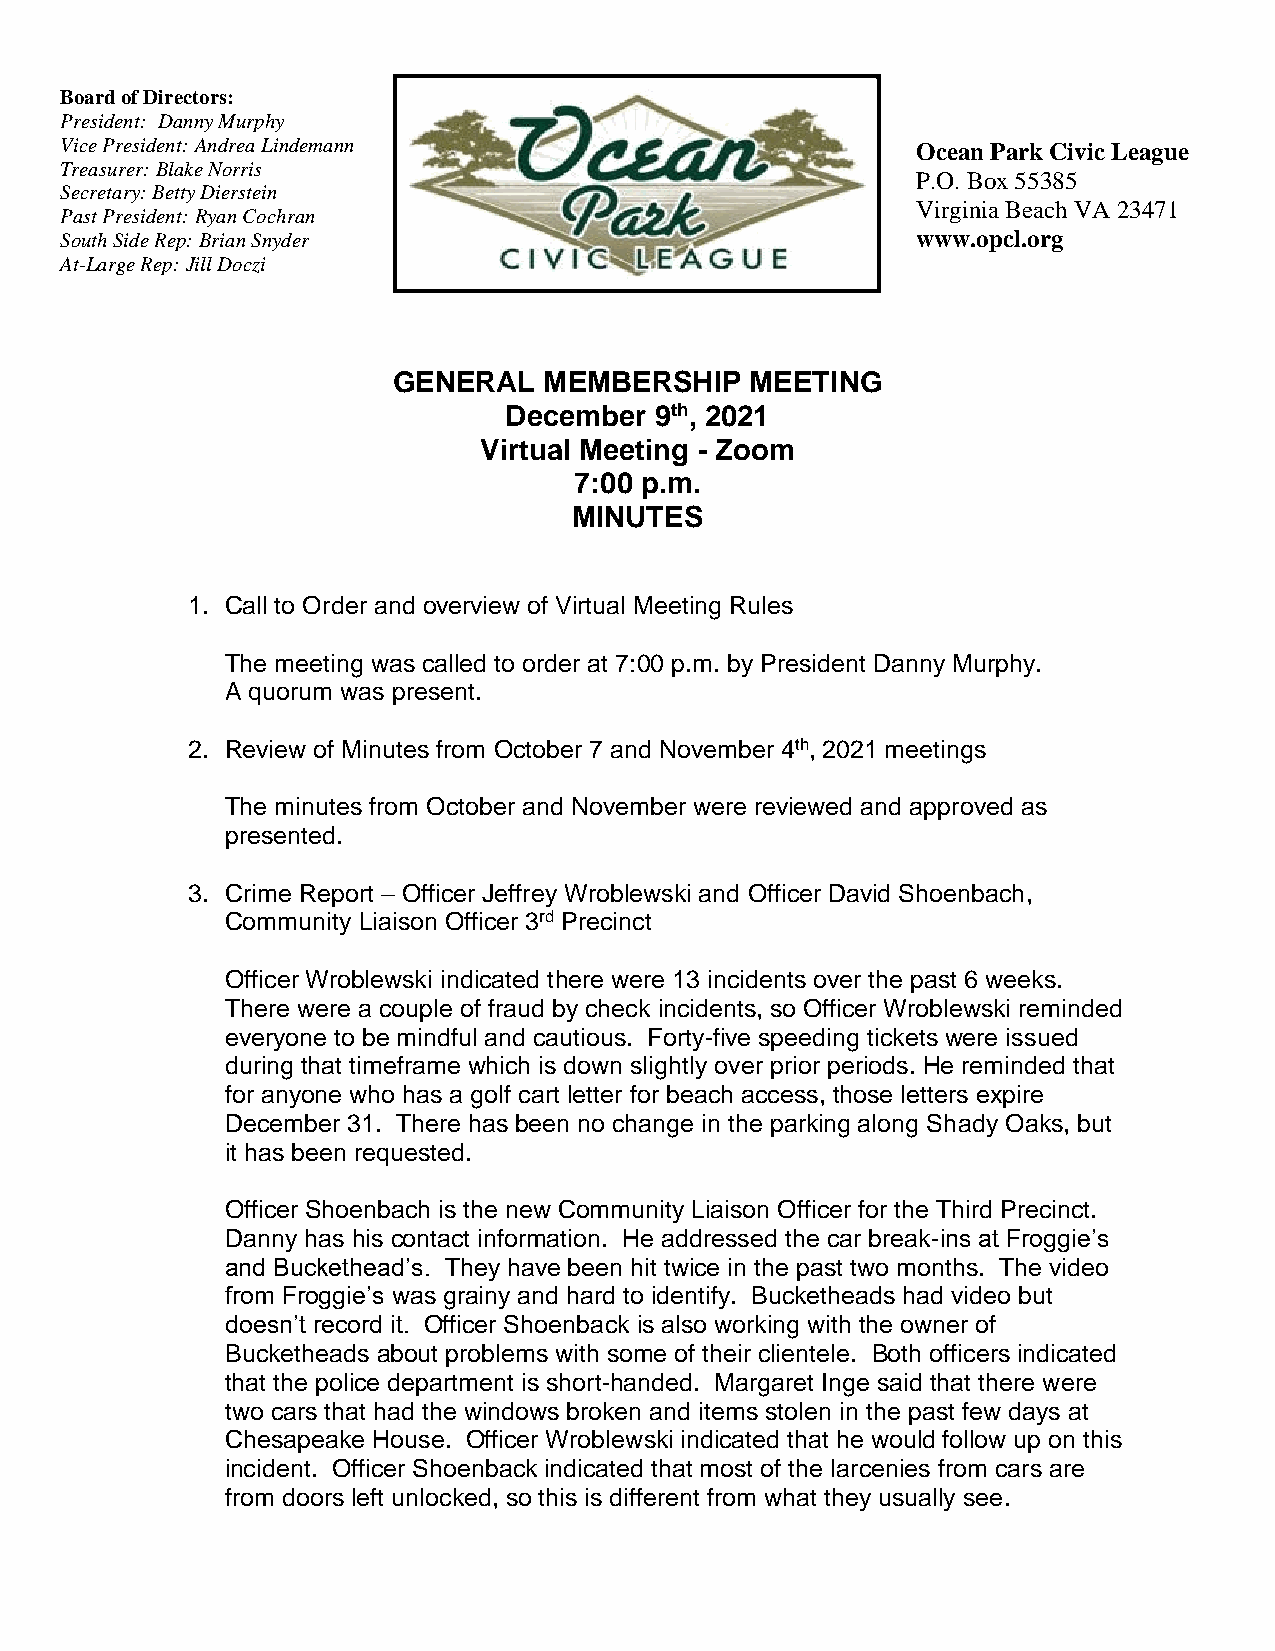
Board of D irectors:
 President: Danny Murphy
 Vice Presid ent: Andrea Lindemann                        Ocean Park Civic League
 Treasurer: Blake Norris
 P.O. Box 55385
 Secretary: Betty Dierstein
 Virginia Beach VA 23471
 Past Presid ent: Ryan Cochran
 South Side Rep: Brian Snyder                             www.opcl.org
 At-Large Rep: Jill Doczi
 GENERAL   MEMBERSHIP    MEETING
 December  9th, 2021
 Virtual Meeting - Zoom
 7:00 p.m.
 MINUTES
 1. Call to Order and overview of Virtual Meeting Rules
 The meeting was called to order at 7:00 p.m. by President Danny Murphy.
 A quorum was present.
 2. Review of Minutes from October 7 and November 4th, 2021 meetings
 The minutes from October and November were reviewed and approved as
 presented.
 3. Crime Report – Officer Jeffrey Wroblewski and Officer David Shoenbach,
 Community Liaison Officer 3rd Precinct
 Officer Wroblewski indicated there were 13 incidents over the past 6 weeks.
 There were a couple of fraud by check incidents, so Officer Wroblewski reminded
 everyone to be mindful and cautious. Forty-five speeding tickets were issued
 during that timeframe which is down slightly over prior periods. He reminded that
 for anyone who has a golf cart letter for beach access, those letters expire
 December 31. There has been no change in the parking along Shady Oaks, but
 it has been requested.
 Officer Shoenbach is the new Community Liaison Officer for the Third Precinct.
 Danny has his contact information. He addressed the car break-ins at Froggie’s
 and Buckethead’s. They have been hit twice in the past two months. The video
 from Froggie’s was grainy and hard to identify. Bucketheads had video but
 doesn’t record it. Officer Shoenback is also working with the owner of
 Bucketheads about problems with some of their clientele. Both officers indicated
 that the police department is short-handed. Margaret Inge said that there were
 two cars that had the windows broken and items stolen in the past few days at
 Chesapeake House. Officer Wroblewski indicated that he would follow up on this
 incident. Officer Shoenback indicated that most of the larcenies from cars are
 from doors left unlocked, so this is different from what they usually see.